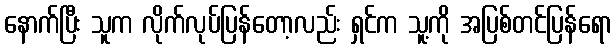
နောက်ပြီး သူက လိုက်လုပ်ပြန်တော့လည်း ရှင်က သူ့ကို အပြစ်တင်ပြန်ရော